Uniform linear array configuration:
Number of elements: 8
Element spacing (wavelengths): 1
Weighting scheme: cosine
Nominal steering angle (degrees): -30
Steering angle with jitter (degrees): -30.318
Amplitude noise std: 0.05
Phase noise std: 0.05

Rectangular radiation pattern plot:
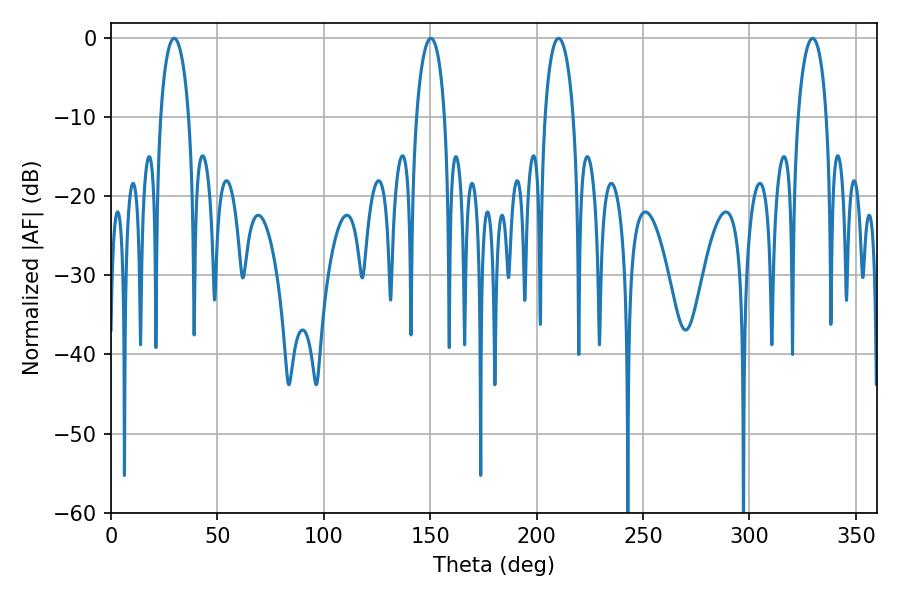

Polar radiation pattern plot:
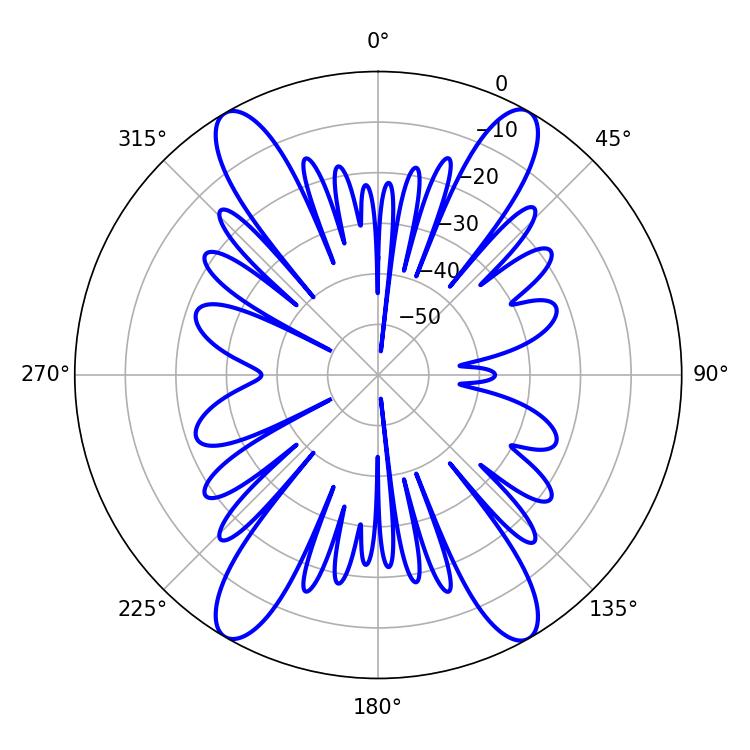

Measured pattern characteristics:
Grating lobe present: TRUE
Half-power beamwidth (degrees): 7.56
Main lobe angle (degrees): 150.3